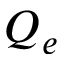
Q _ { e }